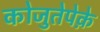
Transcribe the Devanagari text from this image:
कोजुतेपेक़े